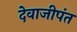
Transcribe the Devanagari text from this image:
देवाजीपंत